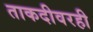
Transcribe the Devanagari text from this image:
ताकदीवरही